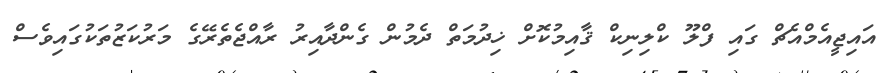
އައިޖީއެމްއެޗް ގައި ފްލޫ ކްލިނިކް ޤާއިމުކޮށް ޚިދުމަތް ދެމުން ގެންދާއިރު ރާއްޖެތެރޭގެ މަރުކަޒުތަކުގައިވެސް